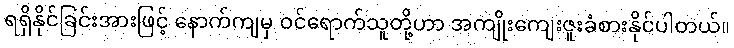
ရရှိနိုင်ခြင်းအားဖြင့် နောက်ကျမှ ဝင်ရောက်သူတို့ဟာ အကျိုးကျေးဇူးခံစားနိုင်ပါတယ်။